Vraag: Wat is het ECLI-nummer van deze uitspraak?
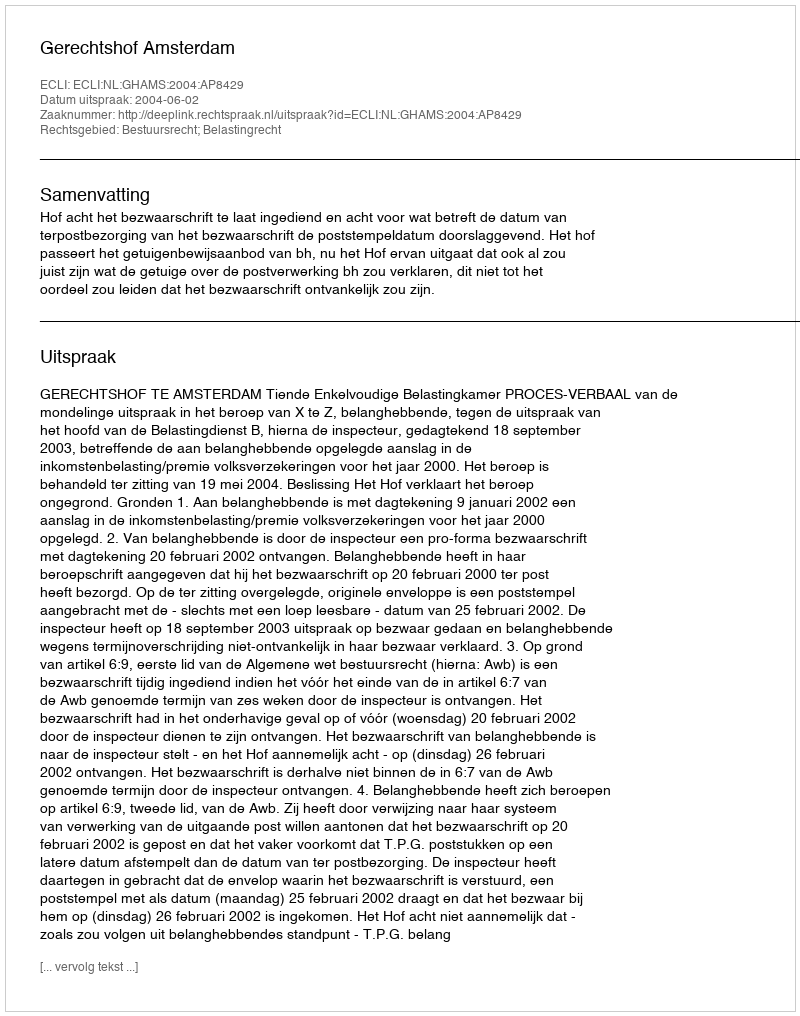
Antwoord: ECLI:NL:GHAMS:2004:AP8429